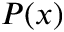
P ( x )